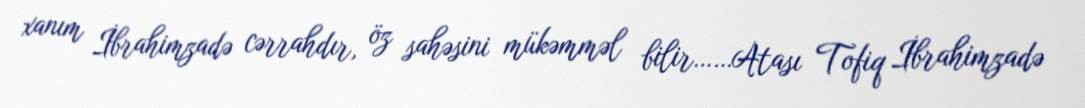
xanım İbrahimzadə cərrahdır, öz sahəsini mükəmməl bilir……Atası Tofiq İbrahimzadə